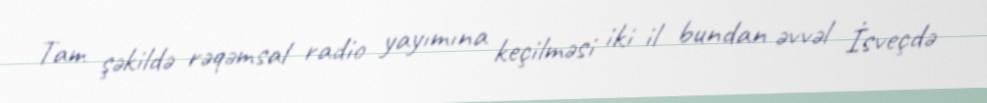
Tam şəkildə rəqəmsal radio yayımına keçilməsi iki il bundan əvvəl İsveçdə